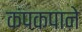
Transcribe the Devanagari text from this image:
कंपकपाने